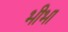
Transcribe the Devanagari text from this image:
भीभा